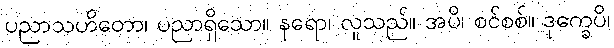
ပညာသဟိတော၊ ပညာရှိသော။ နရော၊ လူသည်။ အပိ၊ စင်စစ်။ ဒုက္ခေပိ၊